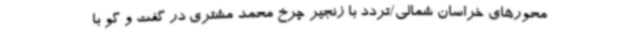
محورهای خراسان شمالی/تردد با زنجیر چرخ محمد مشتری در گفت و گو با